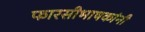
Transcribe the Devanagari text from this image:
फारसीभाषकांनी